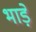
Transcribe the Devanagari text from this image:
भाड़ें